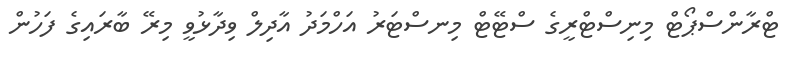
ޓްރާންސްޕޯޓް މިނިސްޓްރީގެ ސްޓޭޓް މިނސްޓަރު އަހްމަދު އާދިލް ވިދާޅުވީ މިރޭ ބާރައިގެ ފަހުން